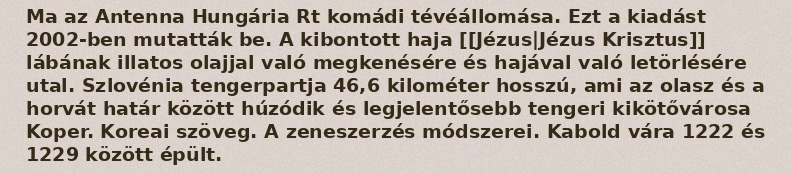
Ma az Antenna Hungária Rt komádi tévéállomása. Ezt a kiadást 2002-ben mutatták be. A kibontott haja [[Jézus|Jézus Krisztus]] lábának illatos olajjal való megkenésére és hajával való letörlésére utal. Szlovénia tengerpartja 46,6 kilométer hosszú, ami az olasz és a horvát határ között húzódik és legjelentősebb tengeri kikötővárosa Koper. Koreai szöveg. A zeneszerzés módszerei. Kabold vára 1222 és 1229 között épült.